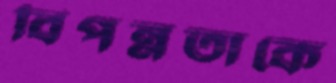
বিপন্নতাকে